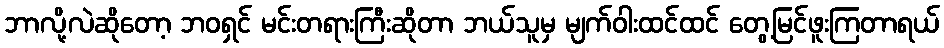
ဘာလို့လဲဆိုတော့ ဘဝရှင် မင်းတရားကြီးဆိုတာ ဘယ်သူမှ မျက်ဝါးထင်ထင် တွေ့မြင်ဖူးကြတာရယ်